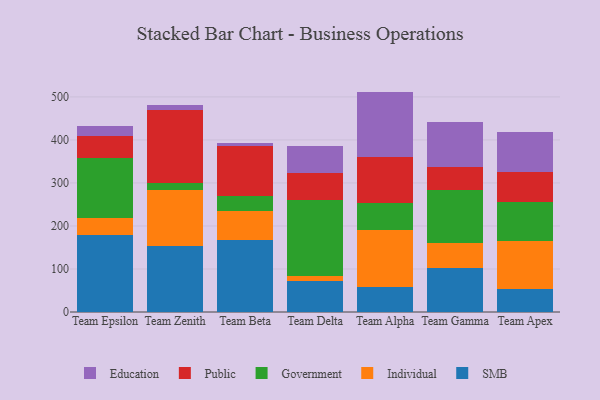
{"axis": {"x": "Team", "y": "LTV (USD)"}, "legend": ["Education", "Government", "Individual", "Public", "SMB"], "data": [{"x": "Team Epsilon", "y": 178.8, "type": "SMB"}, {"x": "Team Epsilon", "y": 40.6, "type": "Individual"}, {"x": "Team Epsilon", "y": 138.9, "type": "Government"}, {"x": "Team Epsilon", "y": 51.9, "type": "Public"}, {"x": "Team Epsilon", "y": 21.9, "type": "Education"}, {"x": "Team Zenith", "y": 152.7, "type": "SMB"}, {"x": "Team Zenith", "y": 130.8, "type": "Individual"}, {"x": "Team Zenith", "y": 15.3, "type": "Government"}, {"x": "Team Zenith", "y": 171.6, "type": "Public"}, {"x": "Team Zenith", "y": 10.5, "type": "Education"}, {"x": "Team Beta", "y": 168.4, "type": "SMB"}, {"x": "Team Beta", "y": 66.3, "type": "Individual"}, {"x": "Team Beta", "y": 35.0, "type": "Government"}, {"x": "Team Beta", "y": 115.2, "type": "Public"}, {"x": "Team Beta", "y": 6.9, "type": "Education"}, {"x": "Team Delta", "y": 71.2, "type": "SMB"}, {"x": "Team Delta", "y": 11.8, "type": "Individual"}, {"x": "Team Delta", "y": 178.2, "type": "Government"}, {"x": "Team Delta", "y": 62.4, "type": "Public"}, {"x": "Team Delta", "y": 63.5, "type": "Education"}, {"x": "Team Alpha", "y": 58.5, "type": "SMB"}, {"x": "Team Alpha", "y": 132.0, "type": "Individual"}, {"x": "Team Alpha", "y": 62.2, "type": "Government"}, {"x": "Team Alpha", "y": 106.9, "type": "Public"}, {"x": "Team Alpha", "y": 152.8, "type": "Education"}, {"x": "Team Gamma", "y": 101.3, "type": "SMB"}, {"x": "Team Gamma", "y": 58.0, "type": "Individual"}, {"x": "Team Gamma", "y": 125.4, "type": "Government"}, {"x": "Team Gamma", "y": 51.4, "type": "Public"}, {"x": "Team Gamma", "y": 105.9, "type": "Education"}, {"x": "Team Apex", "y": 53.9, "type": "SMB"}, {"x": "Team Apex", "y": 110.6, "type": "Individual"}, {"x": "Team Apex", "y": 92.4, "type": "Government"}, {"x": "Team Apex", "y": 68.2, "type": "Public"}, {"x": "Team Apex", "y": 92.4, "type": "Education"}]}